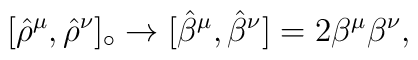
[{\hat\rho}^\mu,{\hat\rho}^\nu]_\circ\rightarrow[{\hat\beta}^\mu,{\hat\beta}^\nu]=2\beta^\mu\beta^\nu,